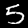
Digit: 5